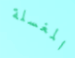
المغسلة